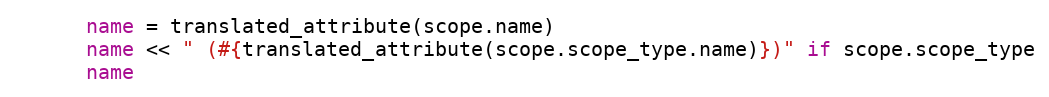
Language: Ruby
      name = translated_attribute(scope.name)
      name << " (#{translated_attribute(scope.scope_type.name)})" if scope.scope_type
      name